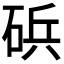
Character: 𮀠